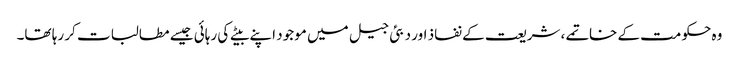
وہ حکومت کے خاتمے، شریعت کے نفاذ اور دبئی جیل میں موجود اپنے بیٹے کی رہائی جیسے مطالبات کر رہا تھا۔